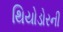
થિયોડોરની